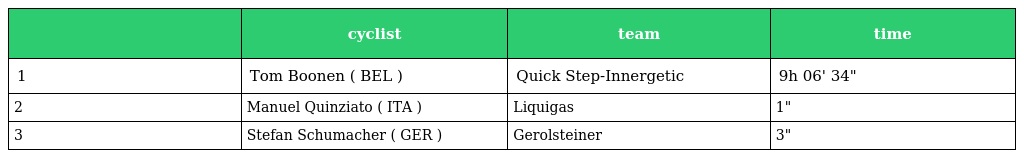
|  | cyclist | team | time |
 | --- | --- | --- | --- |
 | 1 | Tom Boonen ( BEL ) | Quick Step-Innergetic | 9h 06' 34" |
 | 2 | Manuel Quinziato ( ITA ) | Liquigas | 1" |
 | 3 | Stefan Schumacher ( GER ) | Gerolsteiner | 3" |